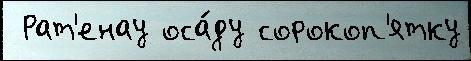
 Рат'енау оса́ду сорокоп'ятку